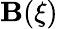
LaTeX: \mathbf{B}(\xi)